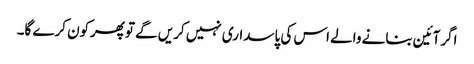
اگرآئین بنانے والے اس کی پاسداری نہیں کریں گے توپھرکون کرے گا۔